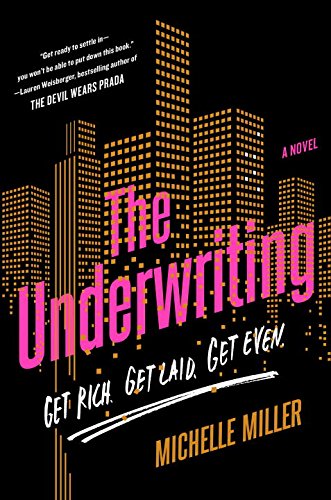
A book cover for The Underwriting; Michelle Miller; Literature & Fiction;